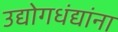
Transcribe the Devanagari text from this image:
उद्योगधंद्यांना